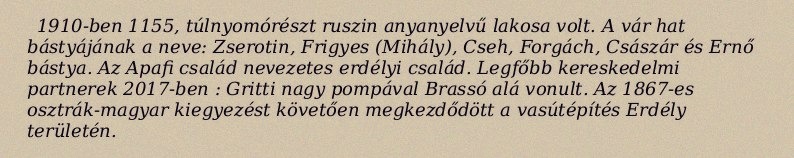
1910-ben 1155, túlnyomórészt ruszin anyanyelvű lakosa volt. A vár hat bástyájának a neve: Zserotin, Frigyes (Mihály), Cseh, Forgách, Császár és Ernő bástya. Az Apafi család nevezetes erdélyi család. Legfőbb kereskedelmi partnerek 2017-ben : Gritti nagy pompával Brassó alá vonult. Az 1867-es osztrák-magyar kiegyezést követően megkezdődött a vasútépítés Erdély területén.